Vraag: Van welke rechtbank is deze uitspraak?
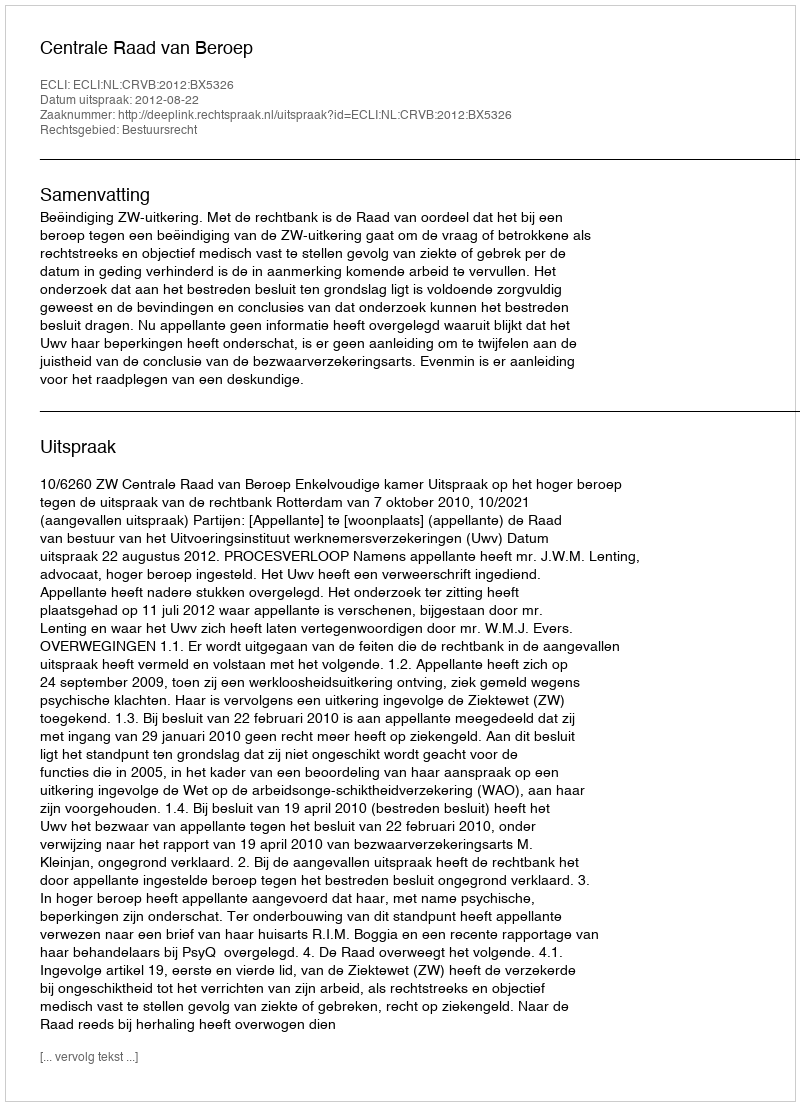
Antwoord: Centrale Raad van Beroep